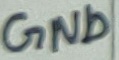
Text: GND